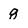
Character: 8